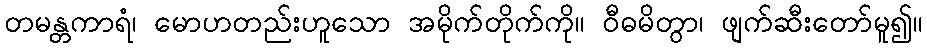
တမန္တကာရံ၊ မောဟတည်းဟူသော အမိုက်တိုက်ကို။ ဝီဓမိတွာ၊ ဖျက်ဆီးတော်မူ၍။